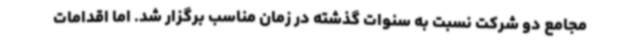
مجامع دو شرکت نسبت به سنوات گذشته در زمان مناسب برگزار شد. اما اقدامات